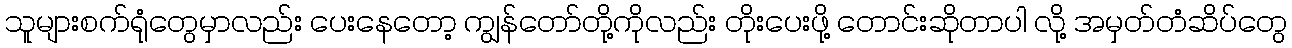
သူများစက်ရုံတွေမှာလည်း ပေးနေတော့ ကျွန်တော်တို့ကိုလည်း တိုးပေးဖို့ တောင်းဆိုတာပါ လို့ အမှတ်တံဆိပ်တွေ